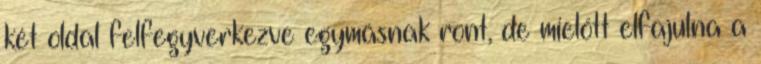
két oldal felfegyverkezve egymásnak ront, de mielőtt elfajulna a